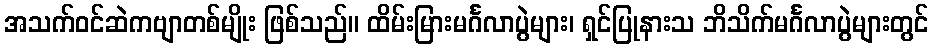
အသက်ဝင်ဆဲကဗျာတစ်မျိုး ဖြစ်သည်။ ထိမ်းမြားမင်္ဂလာပွဲများ၊ ရှင်ပြုနားသ ဘိသိက်မင်္ဂလာပွဲများတွင်